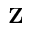
\mathbf { Z }